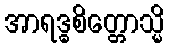
အာရဒ္ဓစိတ္တောသ္မိ